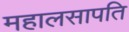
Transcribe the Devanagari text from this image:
महालसापति